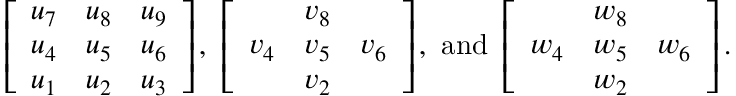
\left[ \begin{array} { l l l } { u _ { 7 } } & { u _ { 8 } } & { u _ { 9 } } \\ { u _ { 4 } } & { u _ { 5 } } & { u _ { 6 } } \\ { u _ { 1 } } & { u _ { 2 } } & { u _ { 3 } } \end{array} \right] , ~ \left[ \begin{array} { l l l } & { v _ { 8 } } & \\ { v _ { 4 } } & { v _ { 5 } } & { v _ { 6 } } \\ & { v _ { 2 } } & \end{array} \right] , ~ \mathrm { a n d ~ } \left[ \begin{array} { l l l } & { w _ { 8 } } & \\ { w _ { 4 } } & { w _ { 5 } } & { w _ { 6 } } \\ & { w _ { 2 } } & \end{array} \right] .